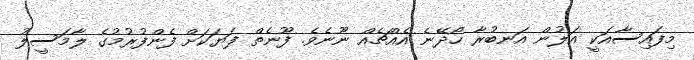
މިފައިސާއަކީ އަލުން އަނބުރާ ހޯދޭނެ އެއްޗެއް ނޫނެވެ. ފޫނެތް ފަޔަކަށް ފެންފުރުމުގެ ލާމަސީލު